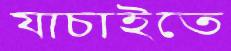
যাচাইতে